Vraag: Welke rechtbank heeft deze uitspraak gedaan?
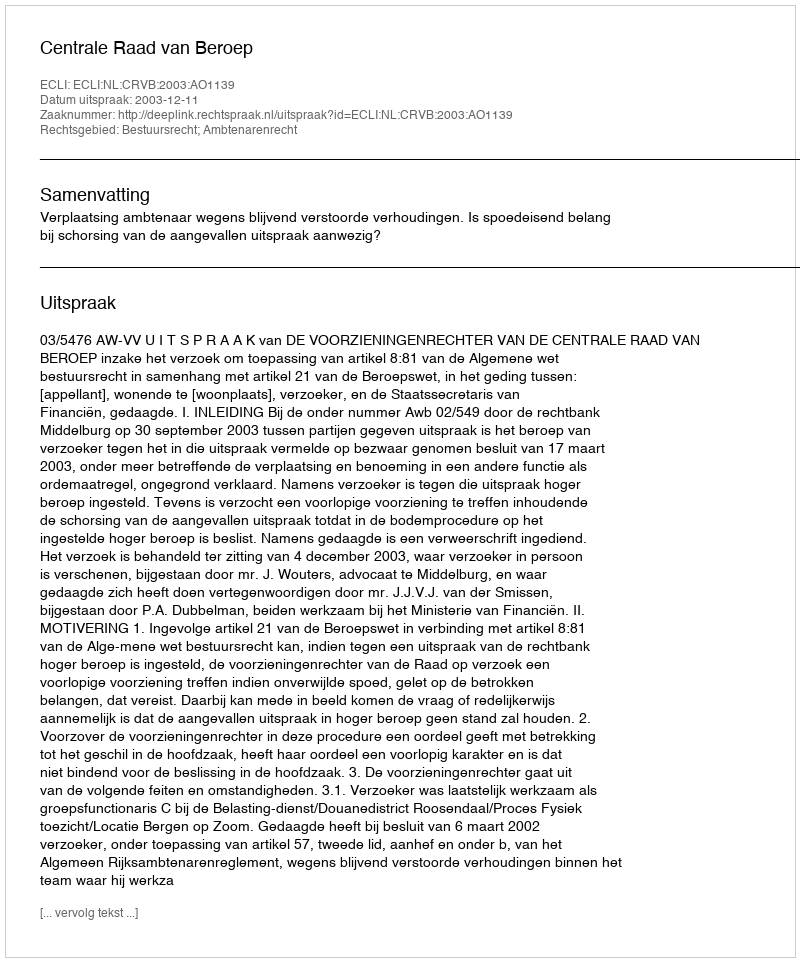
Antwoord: Centrale Raad van Beroep